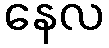
နေလ